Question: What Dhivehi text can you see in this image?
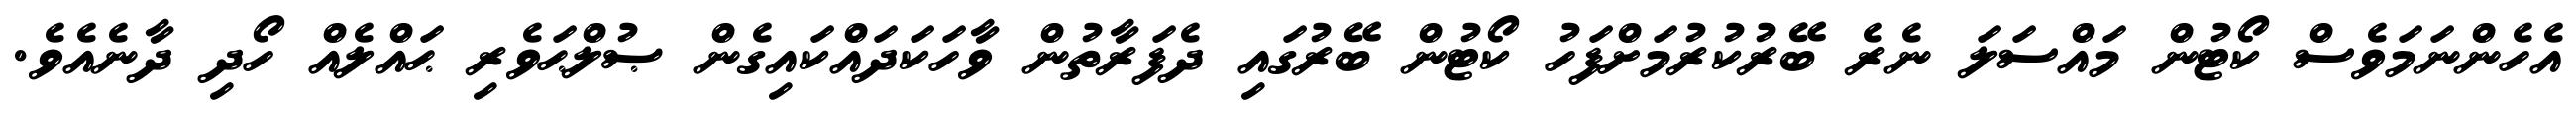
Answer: އެހެންނަމަވެސް ކޯޓުން މައްސަލަ ނެރެ ބޭރުކުރުމަށްފަހު ކޯޓުން ބޭރުގައި ދެފަރާތުން ވާހަކަދައްކައިގެން ޞުލްޙަވެރި ޙައްލެއް ހޯދި ދާނެއެވެ.